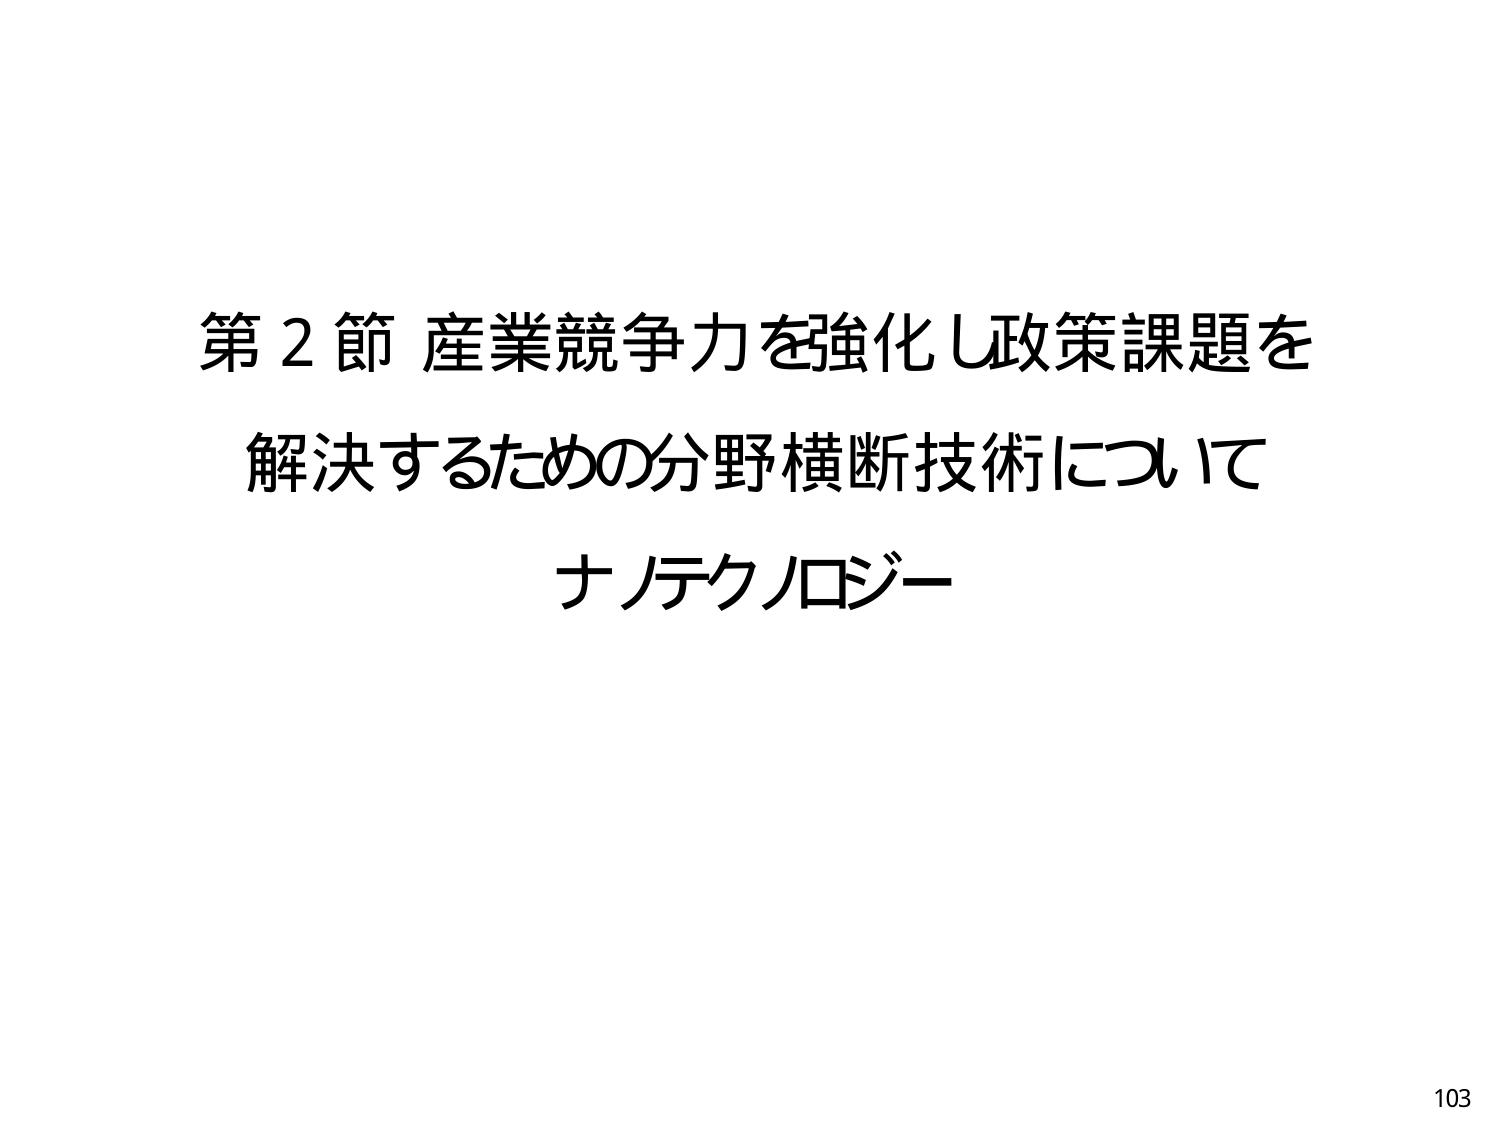
第２節 産業競争力を強化し政策課題を
解決するための分野横断技術について
ナノテクノロジー

103